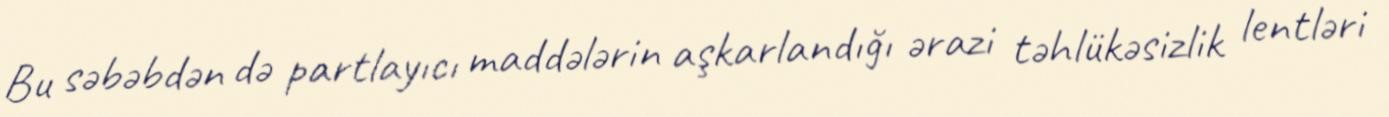
Bu səbəbdən də partlayıcı maddələrin aşkarlandığı ərazi təhlükəsizlik lentləri